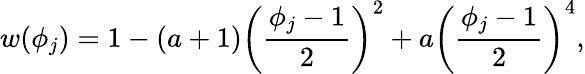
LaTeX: w(\phi_{j})=1-(a+1)\left(\frac{\phi_{j}-1}{2}\right)^{2}+a\left(\frac{\phi_{j}-1}{2}\right)^{4},